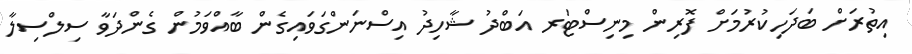
އިތުރަށް ބަދަހިކުރުމަށް ފޮރިން މިނިސްޓަރ އަބްދު ޝާހިދު އިސްނަންގަވައިގެން ބާއްވަމުން ގެންދަވާ ސިލްސިލާ